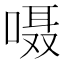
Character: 嗫